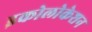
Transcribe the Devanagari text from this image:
इकोलोकेशन